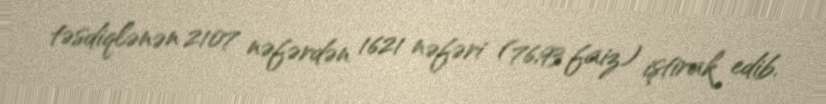
təsdiqlənən 2107 nəfərdən 1621 nəfəri (76,93 faiz) iştirak edib.